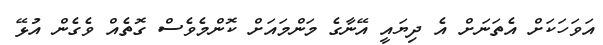
އަވަހަކަށް އެތަނަށް އެ ދިޔައީ އޭނާގެ މަންމައަށް ކޮންމެވެސް ގޮތެއް ވެގެން އުޅޭ